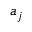
a _ { j }